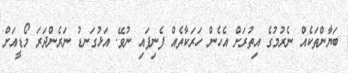
ބަޔާންތަކެއް ނެރުމުގެ އިތުރަށް އެހެން ހަރަކާތެއް ފެނިފައި ނުވޭ. އަޅުގަނޑު ނަރެންދަރަ މޯޑީއަށް